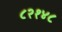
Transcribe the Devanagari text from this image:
८२१४८